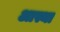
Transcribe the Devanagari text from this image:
अास्था